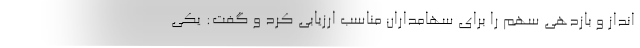
انداز و بازدهی سهم را برای سهامداران مناسب ارزیابی کرد و گفت: یکی